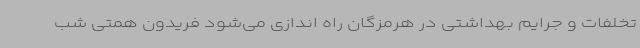
تخلفات و جرایم بهداشتی در هرمزگان راه اندازی می‌شود فریدون همتی شب